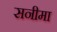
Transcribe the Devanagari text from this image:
सनीमा